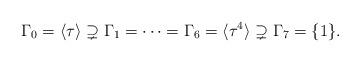
LaTeX: \begin{align*}\Gamma_0=\langle \tau \rangle \supsetneq\Gamma_1=\cdots=\Gamma_6=\langle\tau^4\rangle\supsetneq\Gamma_7=\{1\}.\end{align*}